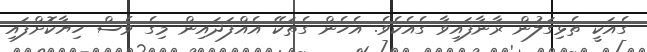
ގެއަކީ ތެޅިގަލުން ރާނާފައިވާ ގެއެކެވެ. އެހެން ގެތަކޭ އެއްފަދައިން މިގެ ވެސް ހިޔާކޮށްފައި